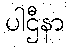
ပါဌီနာ